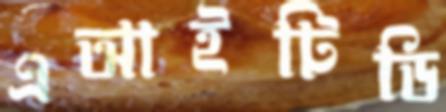
এআইটিডি